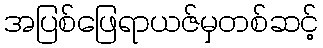
အပြစ်ဖြေရာယဇ်မှတစ်ဆင့်